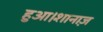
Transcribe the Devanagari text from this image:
हुआ।शानाज़